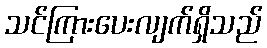
သင်ကြားပေးလျက်ရှိသည်